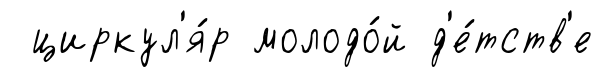
циркул'я́р молодо́й д'е́тств'е